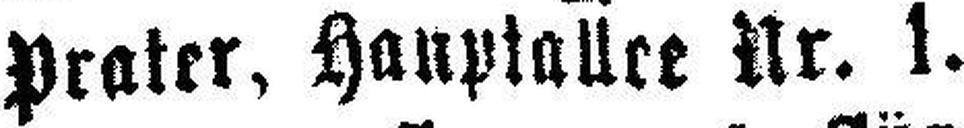
Prater, Hauptallee Nr. 1.